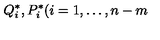
Q _ { i } ^ { \ast } , P _ { i } ^ { \ast } ( i = 1 , \dots , n - m